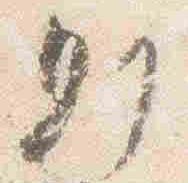
則